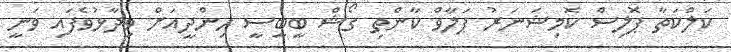
ކަލްކަތާ ޕޮލިސް ކޮމިޝަނަރު ޕަލާވް ކާންތި ގޯޝް ބީބީސީ ހިންދީއަށް ވިދާޅުވެފައި ވަނީ